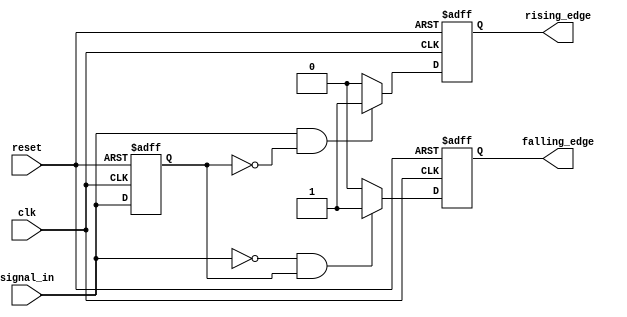
module dual_edge_detector (
    input wire clk,              // Clock input
    input wire reset,            // Asynchronous reset input
    input wire signal_in,        // Input signal to detect edges
    output reg rising_edge,      // Output for rising edge detection
    output reg falling_edge      // Output for falling edge detection
);

    reg signal_in_prev;          // Register to store the previous state of signal_in

    // Edge detection logic
    always @(posedge clk or posedge reset) begin
        if (reset) begin
            // Reset logic
            signal_in_prev <= 1'b0; // Initialize previous state to 0
            rising_edge <= 1'b0;    // Reset rising edge output
            falling_edge <= 1'b0;   // Reset falling edge output
        end else begin
            // Detect rising edge
            if (signal_in && ~signal_in_prev) begin
                rising_edge <= 1'b1; // Assert rising edge output
            end else begin
                rising_edge <= 1'b0; // Deassert rising edge output
            end

            // Detect falling edge
            if (~signal_in && signal_in_prev) begin
                falling_edge <= 1'b1; // Assert falling edge output
            end else begin
                falling_edge <= 1'b0; // Deassert falling edge output
            end
            
            // Update previous state
            signal_in_prev <= signal_in; // Store the current state
        end
    end

endmodule